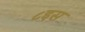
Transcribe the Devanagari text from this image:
८इस